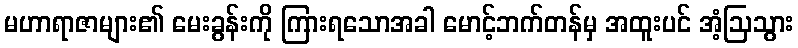
မဟာရာဇာများ၏ မေးခွန်းကို ကြားရသောအခါ မောင့်ဘက်တန်မှ အထူးပင် အံ့ဩသွား